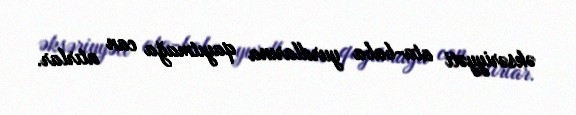
əksəriyyəti ata-baba yurdlarına qayıtmağa can atırlar.